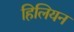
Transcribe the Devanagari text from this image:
हिलियन